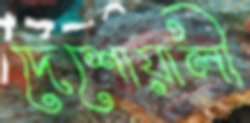
দেশোয়ালী